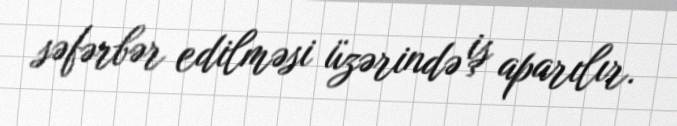
səfərbər edilməsi üzərində iş aparılır.